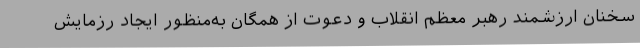
سخنان ارزشمند رهبر معظم انقلاب و دعوت از همگان به‌منظور ایجاد رزمایش